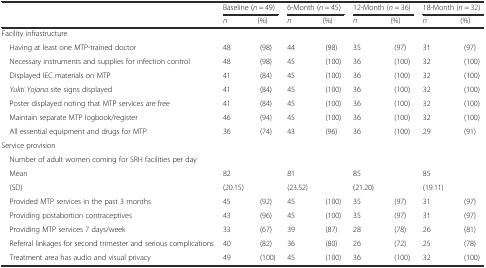
|  | <COLSPAN=2> Baseline (n = 49) | <COLSPAN=2> 6-Month (n = 45) | <COLSPAN=2> 12-Month (n = 36) | <COLSPAN=2> 18-Month (n = 32) |
 |  | n | (%) | n | (%) | n | (%) | n | (%) |
 | --- | --- | --- | --- | --- | --- | --- | --- | --- |
 | <COLSPAN=9> Facility infrastructure |
 | Having at least one MTP-trained doctor | 48 | (98) | 44 | (98) | 35 | (97) | 31 | (97) |
 | Necessary instruments and supplies for infection control | 48 | (98) | 45 | (100) | 36 | (100) | 32 | (100) |
 | Displayed IEC materials on MTP | 41 | (84) | 45 | (100) | 36 | (100) | 32 | (100) |
 | Yukti Yojana site signs displayed | 41 | (84) | 45 | (100) | 36 | (100) | 32 | (100) |
 | Poster displayed noting that MTP services are free | 41 | (84) | 45 | (100) | 36 | (100) | 32 | (100) |
 | Maintain separate MTP logbook/register | 46 | (94) | 45 | (100) | 36 | (100) | 32 | (100) |
 | All essential equipment and drugs for MTP | 36 | (74) | 43 | (96) | 36 | (100) | 29 | (91) |
 | <COLSPAN=9> Service provision |
 | Number of adult women coming for SRH facilities per day |  |  |  |  |  |  |  |  |
 | Mean | 82 |  | 81 |  | 85 |  | 85 |  |
 | (SD) | (20.15) |  | (23.52) |  | (21.20) |  | (19.11) |  |
 | Provided MTP services in the past 3 months | 45 | (92) | 45 | (100) | 35 | (97) | 31 | (97) |
 | Providing postabortion contraceptives | 43 | (96) | 45 | (100) | 35 | (97) | 31 | (97) |
 | Providing MTP services 7 days/week | 33 | (67) | 39 | (87) | 28 | (78) | 26 | (81) |
 | Referral linkages for second trimester and serious complications | 40 | (82) | 36 | (80) | 26 | (72) | 25 | (78) |
 | Treatment area has audio and visual privacy | 49 | (100) | 45 | (100) | 36 | (100) | 32 | (100) |